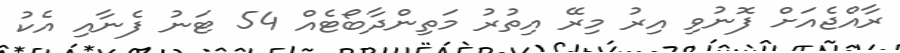
ރާއްޖެއަށް ފޮނުވި އިރު މިރޭ އިތުރު މަތިންދާބޯޓެއް 54 ޓަނު ފެނާއި އެކު